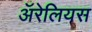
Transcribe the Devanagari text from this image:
ॲरेलियस